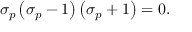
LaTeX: \sigma _ { p } \left( \sigma _ { p } - 1 \right) \left( \sigma _ { p } + 1 \right) = 0 .